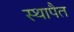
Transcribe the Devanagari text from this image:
स्थापैत